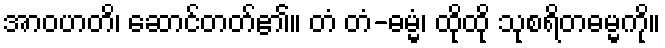
အာဝဟတိ၊ ဆောင်တတ်၏။ တံ တံ-ဓမ္မံ၊ ထိုထို သုစရိတဓမ္မကို။